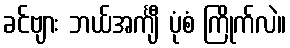
ခင်ဗျား ဘယ်အင်္ကျီ ပုံစံ ကြိုက်လဲ။